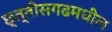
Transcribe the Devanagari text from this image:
छ्त्तीसगढमधील